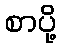
စာပို့